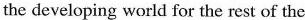
the developing world for the rest of the